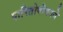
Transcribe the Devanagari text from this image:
पारितोषीकाने